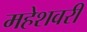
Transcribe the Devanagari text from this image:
महेशवरी